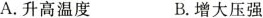
A.升高温度 B.增大压强